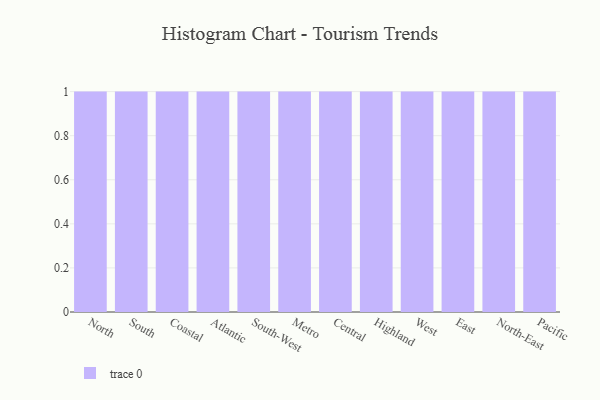
{"axis": {"x": "Region", "y": "Operating Costs (USD K)"}, "legend": [""], "data": [{"x": "North", "y": 86, "type": ""}, {"x": "South", "y": 57, "type": ""}, {"x": "Coastal", "y": 64, "type": ""}, {"x": "Atlantic", "y": 45, "type": ""}, {"x": "South-West", "y": 4, "type": ""}, {"x": "Metro", "y": 44, "type": ""}, {"x": "Central", "y": 52, "type": ""}, {"x": "Highland", "y": 26, "type": ""}, {"x": "West", "y": 89, "type": ""}, {"x": "East", "y": 23, "type": ""}, {"x": "North-East", "y": 81, "type": ""}, {"x": "Pacific", "y": 63, "type": ""}]}